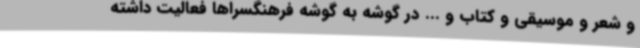
و شعر و موسیقی و کتاب و ... در گوشه به گوشه فرهنگسراها فعالیت داشته